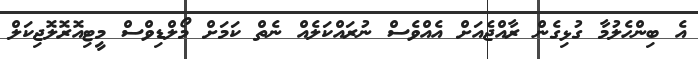
އެ ބިންހެލުމާ ގުޅިގެން ރާއްޖެއަށް އެއްވެސް ނުރައްކަލެއް ނެތް ކަމަށް މޯލްޑިވްސް މީޓިއޮރޮލޮޖިކަލް